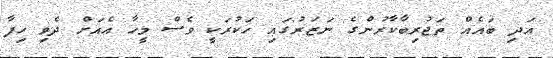
އަދި ބައެއް ތަޖުރިބާކާރުންގެ ނަޒަރުގައި ހަކުރަކީ ވެސް މީހާ އެއަށް ދެވި ހިފާ